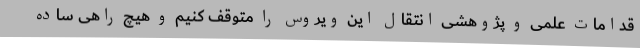
قدامات علمی و پژوهشی انتقال این ویروس را متوقف کنیم و هیچ راهی ساده